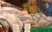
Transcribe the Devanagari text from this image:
से